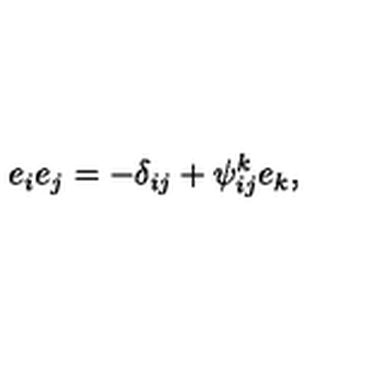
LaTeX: e _ { i } e _ { j } = - \delta _ { i j } + \psi _ { i j } ^ { k } e _ { k } ,